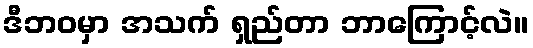
ဒီဘဝမှာ အသက် ရှည်တာ ဘာကြောင့်လဲ။